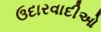
ઉદારવાદીઓ